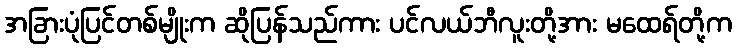
အခြားပုံပြင်တစ်မျိုးက ဆိုပြန်သည်ကား ပင်လယ်ဘီလူးတို့အား မထေရ်တို့က